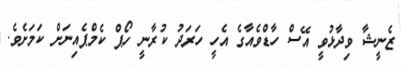
ޒެނީޝާ ވިދާޅުވީ އޭސް ހާޑްވެއާގެ އެހީ ހަރަދު ކުރާނީ ހޯޕް ކެމްޕެއިނަށް ކަމަށެވެ.